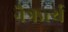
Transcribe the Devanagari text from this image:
नैऋर्त्य